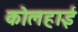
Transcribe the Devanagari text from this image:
कोलहाई